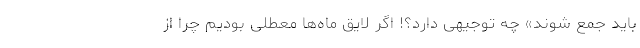
باید جمع شوند» چه توجیهی دارد؟! اگر لایق ماه‌ها معطلی بودیم چرا از